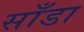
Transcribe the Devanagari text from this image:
साँडा